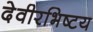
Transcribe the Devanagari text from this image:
देवीरभिष्टय